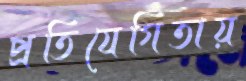
প্রতিযেগিতায়